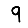
Digit: 9